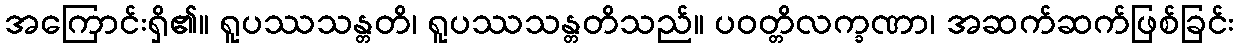
အကြောင်းရှိ၏။ ရူပဿသန္တတိ၊ ရူပဿသန္တတိသည်။ ပဝတ္တိလက္ခဏာ၊ အဆက်ဆက်ဖြစ်ခြင်း